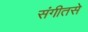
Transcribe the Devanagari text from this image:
संगीतसे